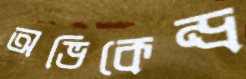
অভিকেন্দ্র